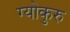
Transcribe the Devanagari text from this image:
ग्योकुरु